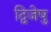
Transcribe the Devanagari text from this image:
द्विजेषु